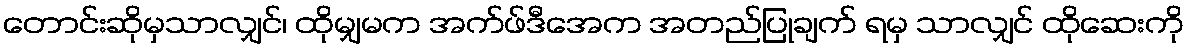
တောင်းဆိုမှသာလျှင်၊ ထိုမျှမက အက်ဖ်ဒီအေက အတည်ပြုချက် ရမှ သာလျှင် ထိုဆေးကို